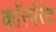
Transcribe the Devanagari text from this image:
काॅरपेरेट